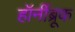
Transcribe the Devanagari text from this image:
हॉर्नीब्रूक